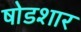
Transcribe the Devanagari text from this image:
षोडशार